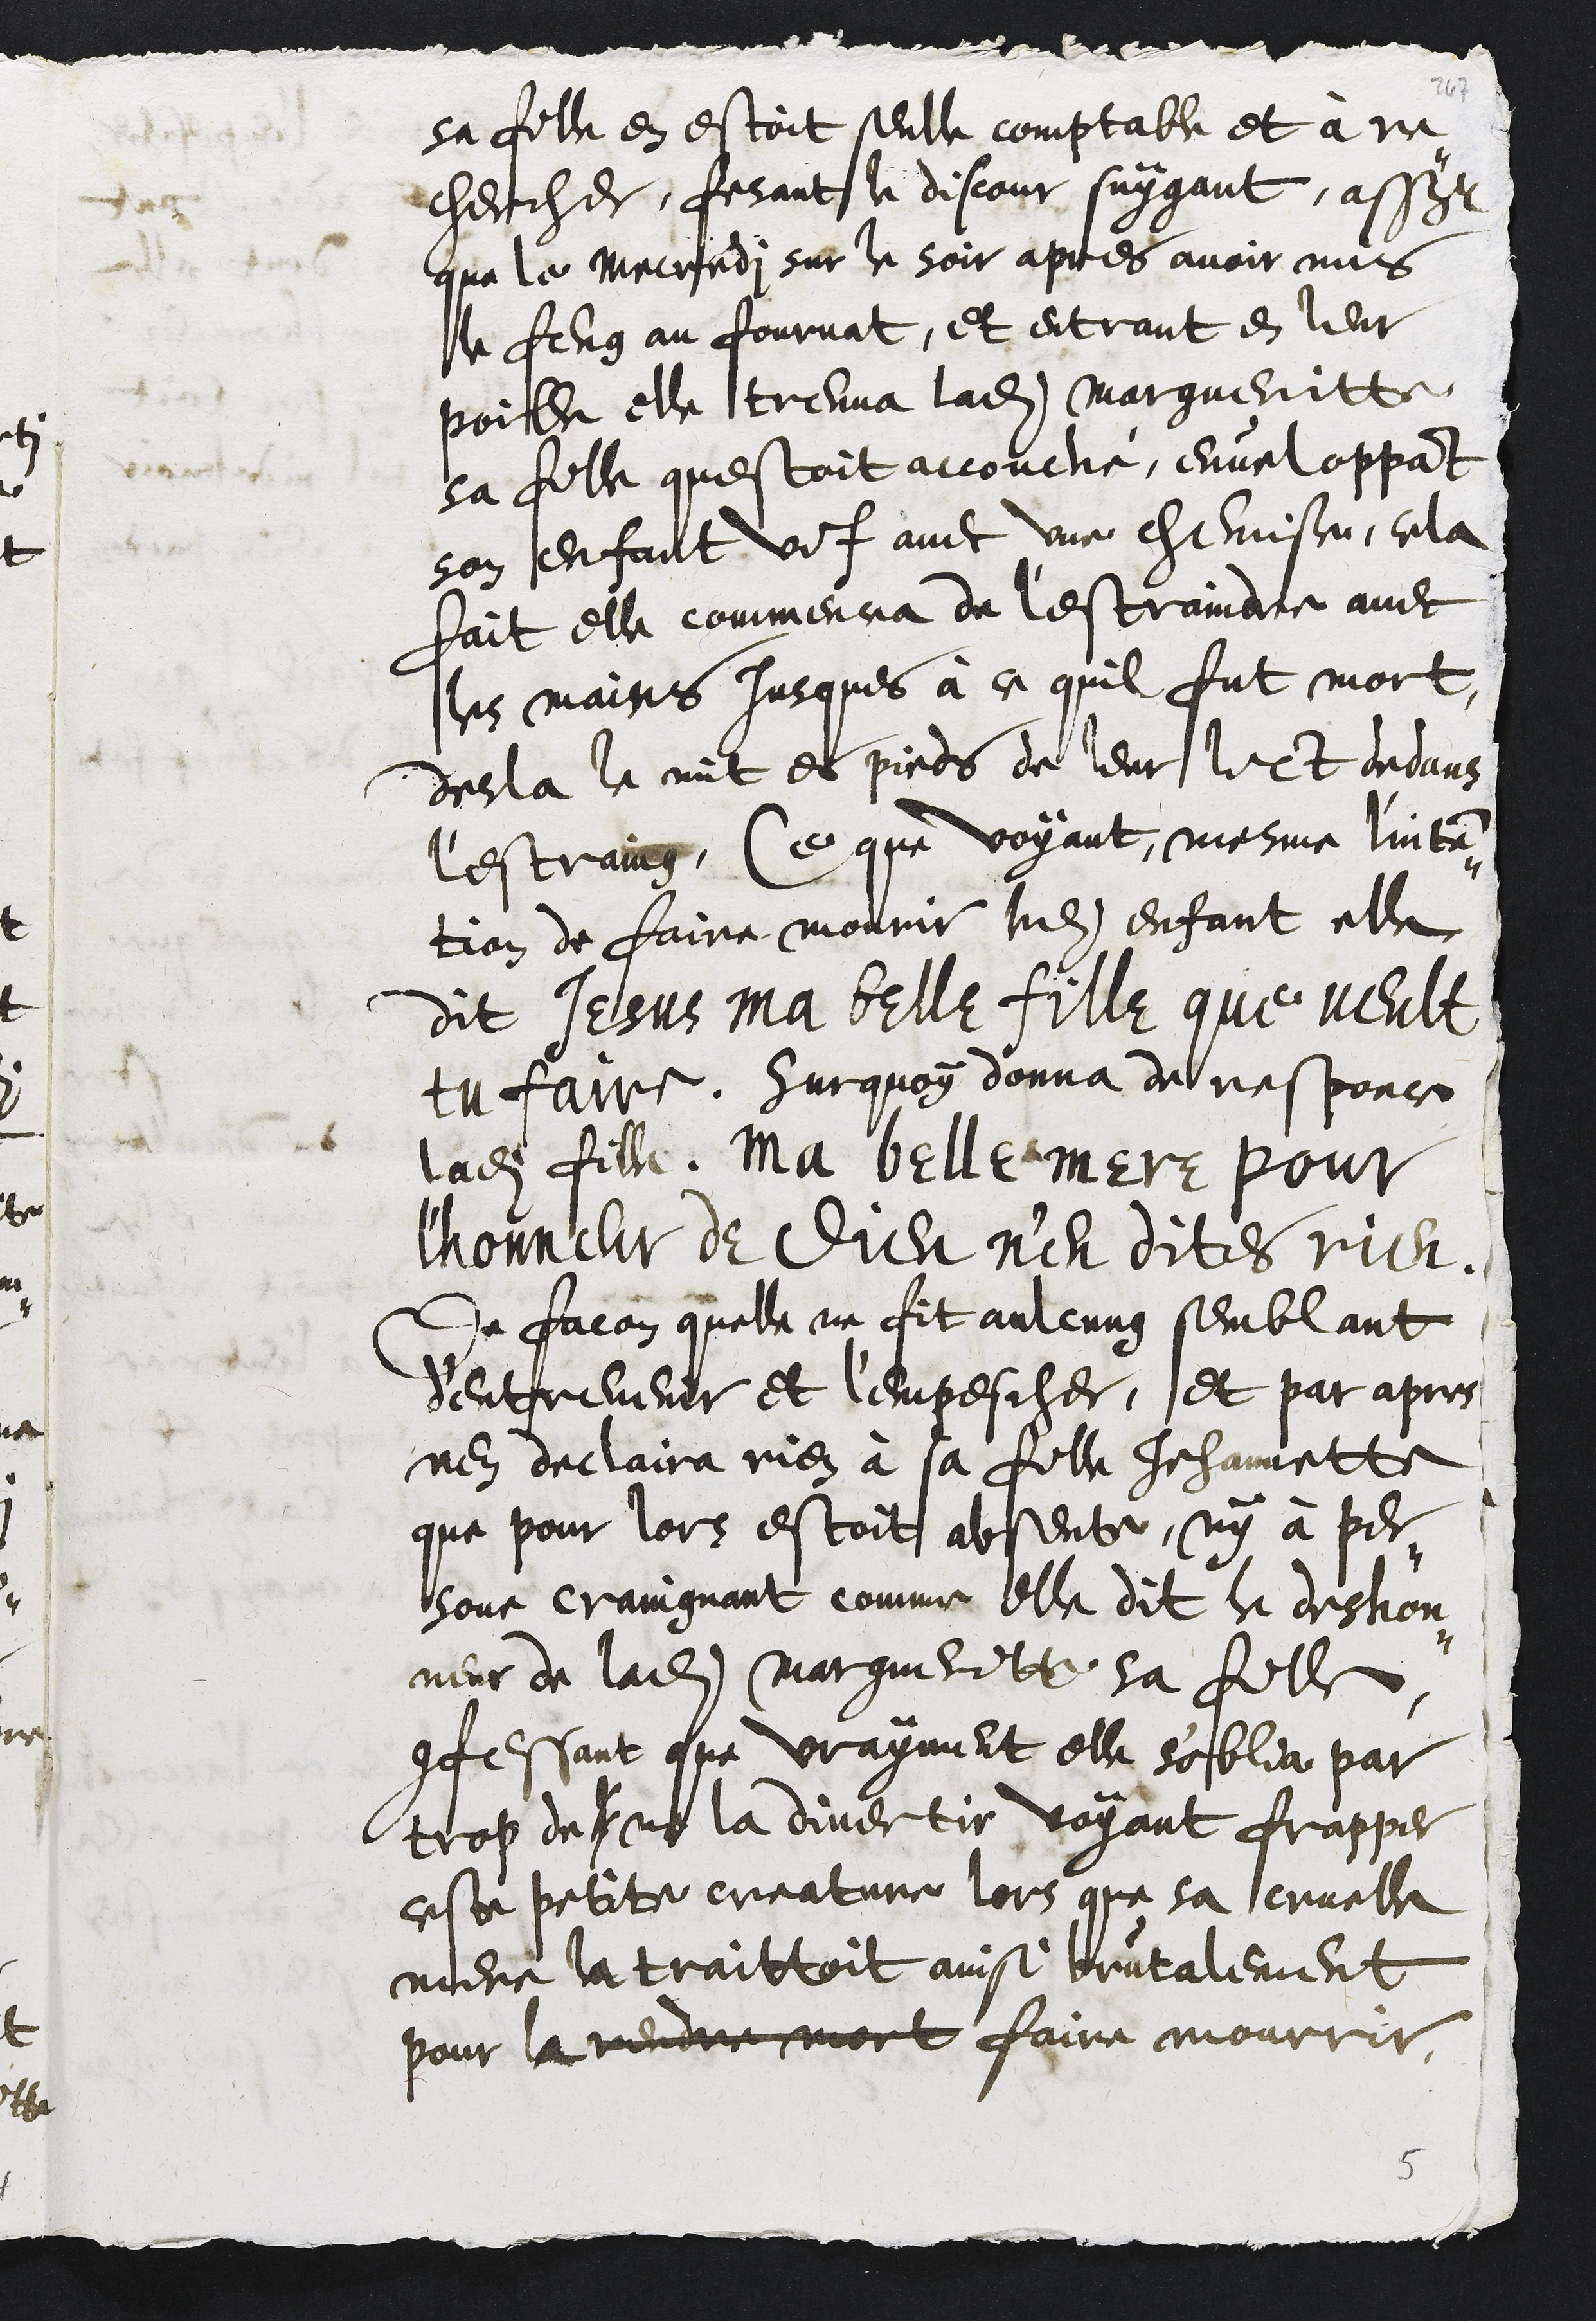
sa fille en estoit seulle comptable et à re-
chercher, fesant le discour suygant, assavoir
que le mercredi sur le soir apres avoir mis
le feug au fournat, et entrant en leur
poille elle treuva ladite Margueritte
sa fille questoit accouché, enveloppant
son enfant vif avec une chemisse, cela
fait elle commencea de lestraindre avec
les mains jusques à ce quil fut mort,
desla le mit es pieds de leur lict et dedans
l'estraing, Ce que voyant mesme l'inten-
tion de faire mourir ledit enfant elle
dit Jesus ma belle fille que veult
tu faire. Surquoy donna de responce
ladite fille, Ma belle mere pour
l'honneur de Dieu n'en dites rien.
De facon quelle ne fit aulcung semblant
d'entrevenir et l'empescher, et par apres
nen declaira rien à sa fille Jehannette
que pour lors estoit absente, ny à per-
sone craingnant comme elle dit le deshon-
neur de ladite Margueritte sa fille
confessant que vrayment elle s'oblia par
trop de l ne la divertir voyant frapper
ceste petite creature lors que sa cruelle
mere la traittoit ainsi brutalement
pour la rendre mort faire mourrir
5